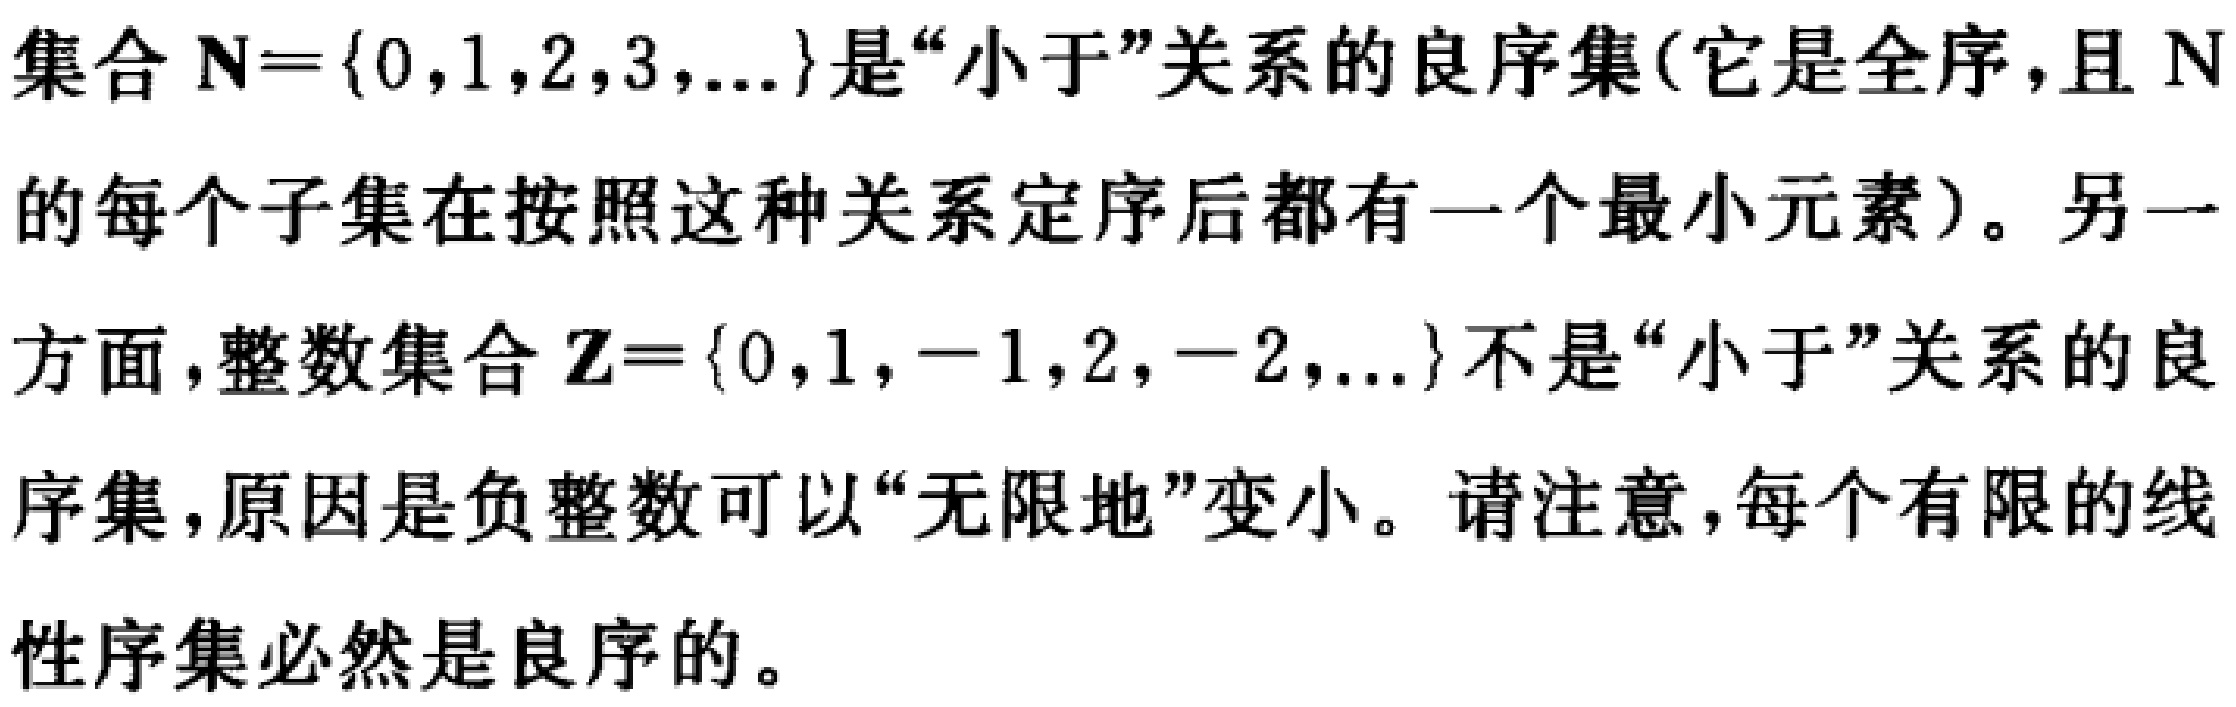
集合 $\mathbf{N}=\{0,1,2,3,\ldots\}$是“小于”关系的良序集(它是全序，且 $\mathbf{N}$ 的每个子集在按照这种关系定序后都有一个最小元素)。另一方面，整数集合 $\mathbf{Z}=\{0,1, - 1,2,-2,\ldots\}$不是“小于”关系的良序集，原因是负整数可以“无限地”变小。请注意，每个有限的线性序集必然是良序的。